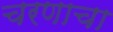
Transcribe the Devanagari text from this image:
चरणाचा